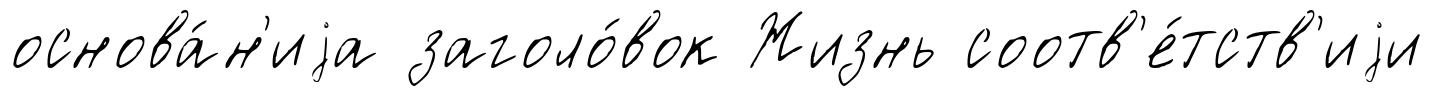
основа́н'иjа заголо́вок Жизнь соотв'е́тств'иjи